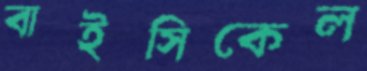
বাইসিকেল